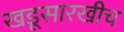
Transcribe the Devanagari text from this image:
खडूसारखीच